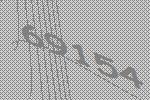
69154